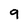
Character: 9